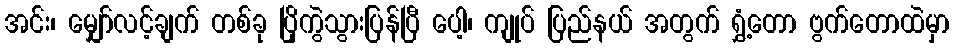
အင်း၊ မျှော်လင့်ချက် တစ်ခု ပြိုကွဲသွားပြန်ပြီ ပေါ့၊ ကျုပ် ပြည်နယ် အတွက် ရွှံ့တော ဗွက်တောထဲမှာ